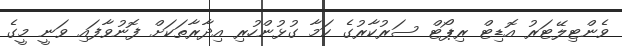
ވެންޓިލޭޓަރު އޮޑިޓް ރިޕޯޓް ސަރުކާރުގެ ކަމާ ގުޅުންހުރި އިދާރާތަކަށް ފޮނުވާފައި ވަނީ މީގެ